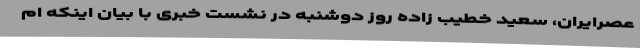
عصرایران، سعید خطیب زاده روز دوشنبه در نشست خبری با بیان اینکه ام